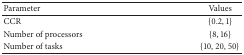
| Parameter | Values |
 | --- | --- |
 | CCR | {0.2, 1} |
 | Number of processors | {8, 16} |
 | Number of tasks | {10, 20, 50} |